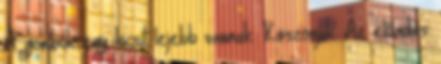
A gombok egy kicsit lejebb vannak. Köszönjük. Az előadás